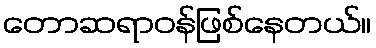
တောဆရာဝန်ဖြစ်နေတယ်။